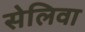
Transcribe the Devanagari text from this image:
सेलिवा